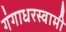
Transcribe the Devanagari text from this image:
गंगाधरस्वामी